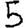
Digit: 5